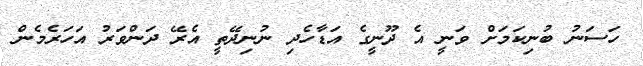
ހަސަނު ބުނިކަމަށް ވަނީ އެ ދޫނީގެ އަޑާހެދި ނުނިދޭތީ އެރޭ ދަންވަރު އަހަރެމެން